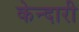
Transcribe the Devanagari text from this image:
केन्दारी